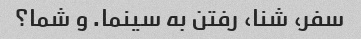
سفر، شنا، رفتن به سینما. و شما؟